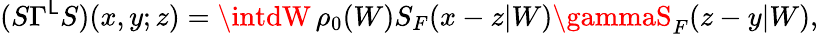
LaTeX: (S\Gamma^{\mathsf{L}}S)(x,y;z)=\intdW\, \rho_{0}(W)S_{F}(x-z|W)\gammaS_{F}(z-y|W),